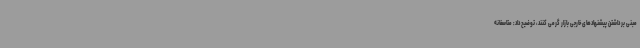
مبنی بر داشتن پیشنهادهای خارجی بازار گرمی کنند، توضیح داد: متاسفانه